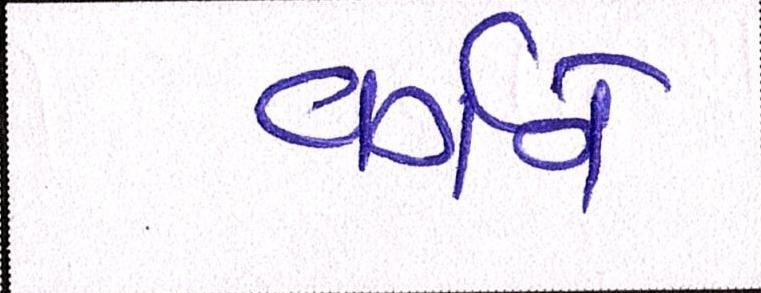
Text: વર્ગને